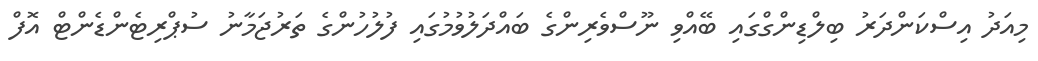
މިއަދު އިސްކަންދަރު ބިލްޑިންގްގައި ބޭއްވި ނޫސްވެރިންގެ ބައްދަލުވުމުގައި ފުލުހުންގެ ތަރުޖަމާނު ސުޕްރިޓެންޑެންޓް އޮފް